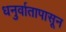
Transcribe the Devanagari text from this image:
धनुर्वातापासून